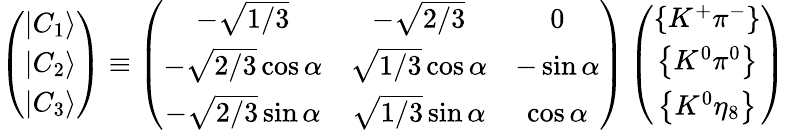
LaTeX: \left(\begin{array}{c}{{\left|C_{1}\right\rangle}}\\ {{\left|C_{2}\right\rangle}}\\ {{\left|C_{3}\right\rangle}}\end{array}\right)\equiv\left(\begin{array}{ccc}{{-\sqrt{1/3}}}&{{-\sqrt{2/3}}}&{{0}}\\ {{-\sqrt{2/3}\cos\alpha}}&{{\sqrt{1/3}\cos\alpha}}&{{-\sin\alpha}}\\ {{-\sqrt{2/3}\sin\alpha}}&{{\sqrt{1/3}\sin\alpha}}&{{\cos\alpha}}\end{array}\right)\left(\begin{array}{c}{{\left\{ K^{+}\pi^{-}\right\} }}\\ {{\left\{ K^{0}\pi^{0}\right\} }}\\ {{\left\{ K^{0}\eta_{8}\right\} }}\end{array}\right)